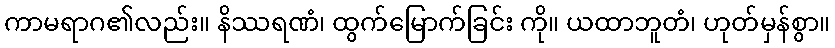
ကာမရာဂ၏လည်း။ နိဿရဏံ၊ ထွက်မြောက်ခြင်း ကို။ ယထာဘူတံ၊ ဟုတ်မှန်စွာ။